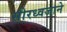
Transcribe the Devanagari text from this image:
सीरध्वजाने